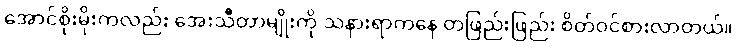
အောင်စိုးမိုးကလည်း အေးသီတာမျိုးကို သနားရာကနေ တဖြည်းဖြည်း စိတ်ဝင်စားလာတယ်။